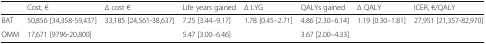
|  | Cost, € | ∆ cost € | Life years gained | ∆ LYG | QALYs gained | ∆ QALY | ICER, €/QALY |
 | --- | --- | --- | --- | --- | --- | --- | --- |
 | BAT | 50,856 [34,358-59,437] | <ROWSPAN=2> 33,185 [24,561-38,637] | 7.25 [3.44–9.17] | <ROWSPAN=2> 1.78 [0.45–2.71] | 4.86 [2.30–6.14] | <ROWSPAN=2> 1.19 [0.30–1.81] | <ROWSPAN=2> 27,951 [21,357-82,970] |
 | OMM | 17,671 [9796-20,800] | 5.47 [3.00–6.46] | 3.67 [2.00–4.33] |